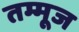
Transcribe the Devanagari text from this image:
तम्मूज